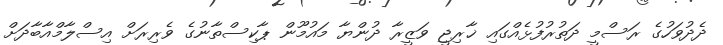
ދެދުވަހުގެ ރަސްމީ ދަތުރުފުޅެއްގައި ޚާރިޖީ ވަޒީރާ ދުންޔާ މައުމޫން ޕާކިސްތާނުގެ ވެރިރަށް އިސްލާމްއާބާދަށް